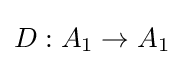
{\textstyle D:A_{1}\to A_{1}}